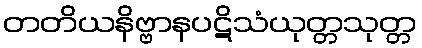
တတိယနိဗ္ဗာနပဋိသံယုတ္တသုတ္တ